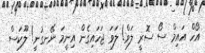
އޯހް އައިމް ސޯ ސޮރީ ލަވް! ލަވަ ޖަހައިގެން އިނީމަ ނޭނގުނީ! ލޫކަސް